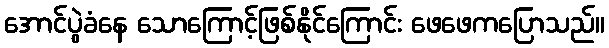
အောင်ပွဲခံနေ သောကြောင့်ဖြစ်နိုင်ကြောင်း ဖေဖေကပြောသည်။